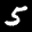
Label: 5